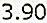
3.90